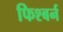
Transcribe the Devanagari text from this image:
फिश्बर्न